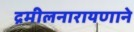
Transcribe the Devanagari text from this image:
द्रमीलनारायणाने